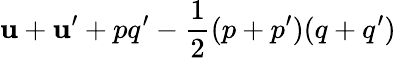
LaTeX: \mathbf{u}+\mathbf{u}^{\prime}+pq^{\prime}-{\frac{{1}}{{2}}}(p+p^{\prime})(q+q^{\prime})